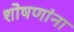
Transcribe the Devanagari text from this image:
शोषणांना